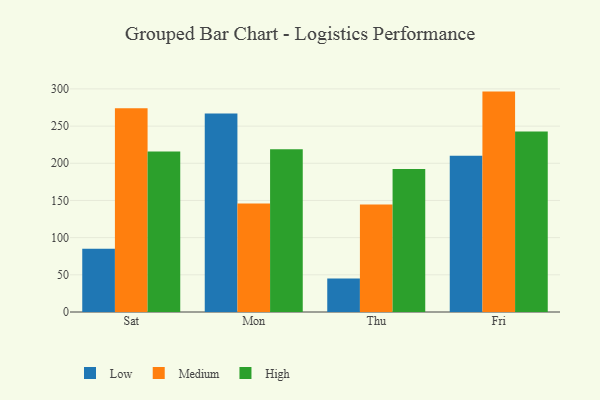
{"axis": {"x": "Day", "y": "LTV (USD)"}, "legend": ["High", "Low", "Medium"], "data": [{"x": "Sat", "y": 85.0, "type": "Low"}, {"x": "Sat", "y": 273.9, "type": "Medium"}, {"x": "Sat", "y": 215.8, "type": "High"}, {"x": "Mon", "y": 267.1, "type": "Low"}, {"x": "Mon", "y": 145.9, "type": "Medium"}, {"x": "Mon", "y": 218.8, "type": "High"}, {"x": "Thu", "y": 44.9, "type": "Low"}, {"x": "Thu", "y": 144.5, "type": "Medium"}, {"x": "Thu", "y": 192.3, "type": "High"}, {"x": "Fri", "y": 210.2, "type": "Low"}, {"x": "Fri", "y": 296.4, "type": "Medium"}, {"x": "Fri", "y": 242.8, "type": "High"}]}